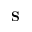
\mathbf { S }